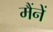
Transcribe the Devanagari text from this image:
मैंनें